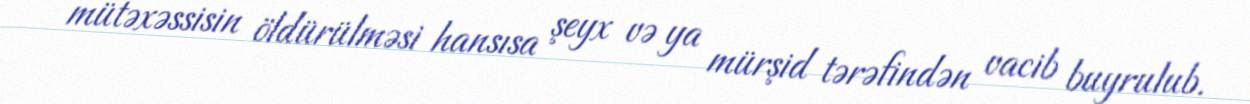
mütəxəssisin öldürülməsi hansısa şeyx və ya mürşid tərəfindən vacib buyrulub.